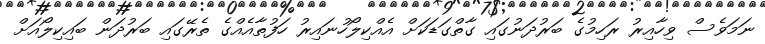
ނަމަވެސް ވިހާއިރު ރަހިމުގެ ބަރުދަނުގައި ގާތްގަޑަކަށް އެއްކިލޯހުނައިރު ހަފުތާއެއްގެ ތެރޭގައި ބަރުދަން ބައިކިލޯއަށް